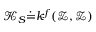
\mathcal { K } _ { S } \dot { = } k ^ { f } ( \mathcal { Z } , \mathcal { Z } )